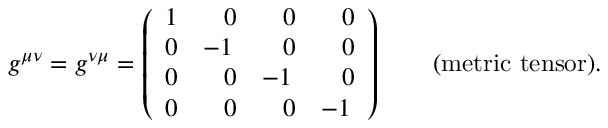
g ^ { \mu \nu } = g ^ { \nu \mu } = \left( \begin{array} { l l l l } { { 1 } } & { { \; \; \; 0 } } & { { \; \; \; 0 } } & { { \; \; \; 0 } } \\ { { 0 } } & { { - 1 } } & { { \; \; \; 0 } } & { { \; \; \; 0 } } \\ { { 0 } } & { { \; \; \; 0 } } & { { - 1 } } & { { \; \; \; 0 } } \\ { { 0 } } & { { \; \; \; 0 } } & { { \; \; \; 0 } } & { { - 1 } } \end{array} \right) \qquad \mathrm { ( m e t r i c ~ t e n s o r ) . }